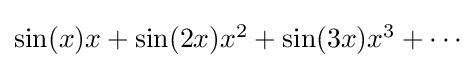
{\textstyle \sin(x)x+\sin(2x)x^{2}+\sin(3x)x^{3}+\cdots }